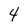
Character: 4